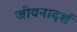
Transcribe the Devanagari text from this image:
जीवनादर्श